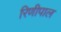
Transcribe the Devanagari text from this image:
रिणीपाल